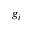
g _ { i }